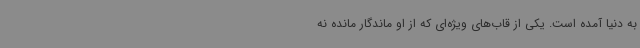
به دنیا آمده است. یکی از قاب‌های ویژه‌ای که از او ماندگار مانده نه